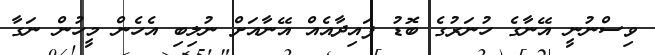
ވިސްނުނީ އޭނާގެ ހުނަރުގެ ބޮޑު ފައިދާއެއް އޭނާއަށް ނުލިބި އެހެން މީހުން ނަގާ